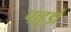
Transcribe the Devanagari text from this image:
पाहुड़ों